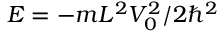
E = - m L ^ { 2 } V _ { 0 } ^ { 2 } / 2 \hbar ^ { 2 }